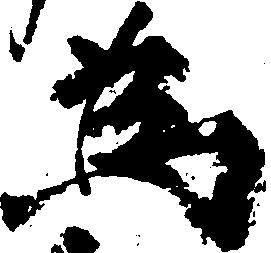
為